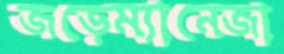
জড়েম্যানেজা